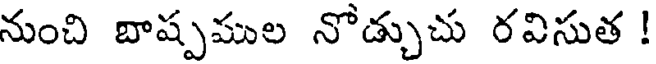
నుంచి బాష్పముల నోడ్చుచు రవిసుత !